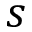
s